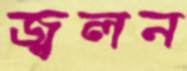
জ্বলন